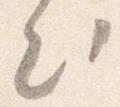
出